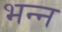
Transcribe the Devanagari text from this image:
भन्न